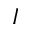
I